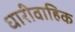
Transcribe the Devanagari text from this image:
धारीवाहिक